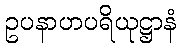
ဥပနာဟပရိယုဋ္ဌာနံ